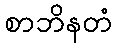
စာဘိနတံ